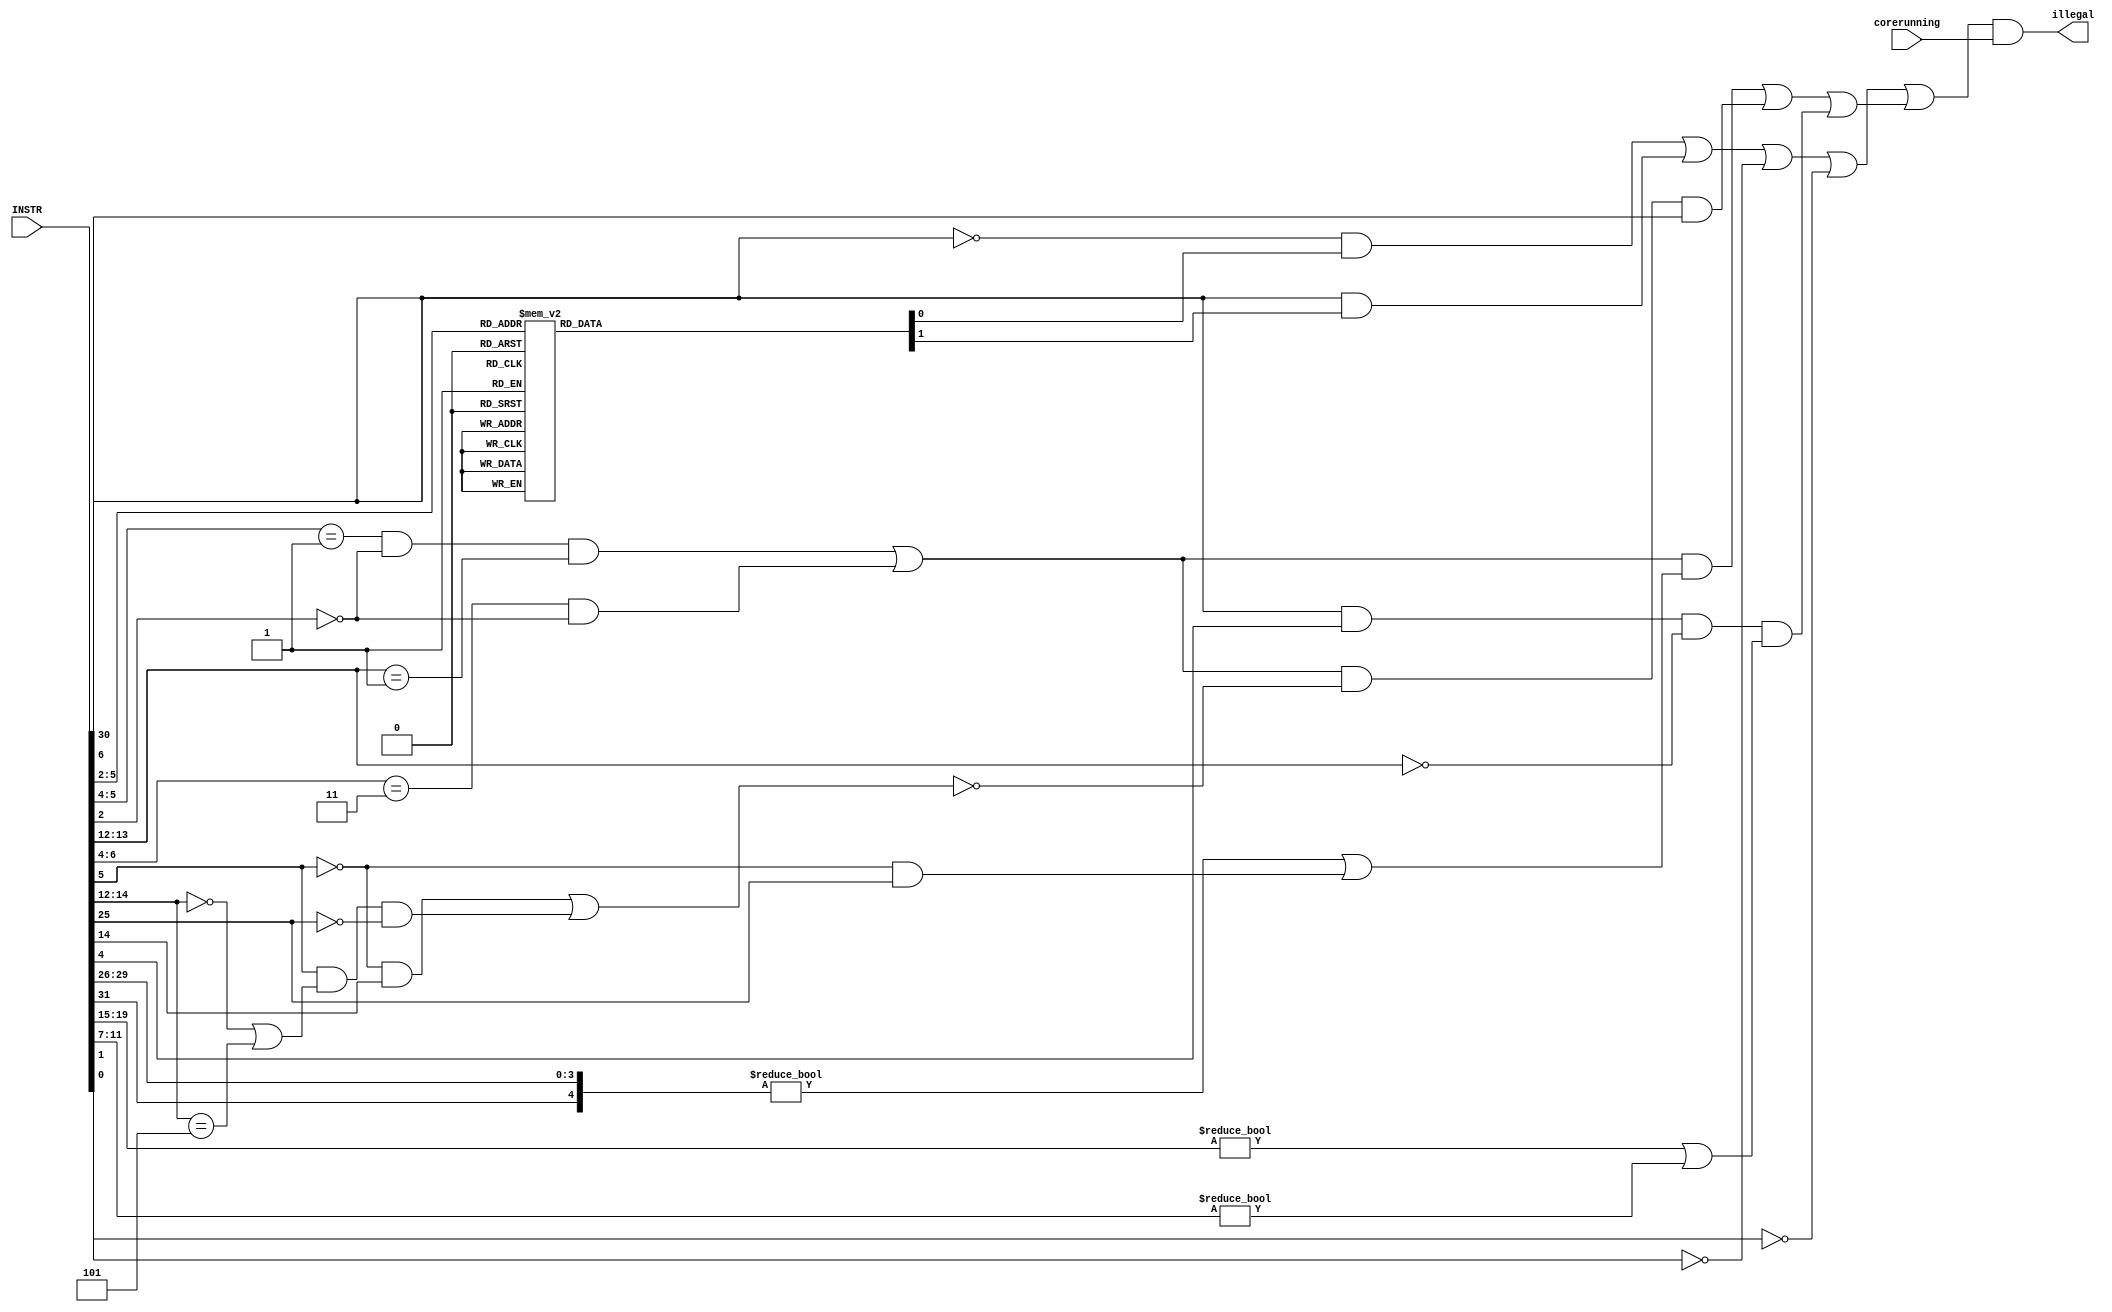
module m_illegalop_v
  ( 
    input [31:0] INSTR,
    input        corerunning,
    output       illegal
    );
   localparam LAZY_DECODE = 0;
   localparam MULDIV = 1;

   wire          illegal_funct7_or_illegal_rs1_rd;
        
   generate
      if ( LAZY_DECODE != 0 ) begin
         
         // =======================================================
         // Nearly full instruction decode but skips
         // some minor code spaces.
         // =======================================================
         assign illegal_funct7_or_illegal_rs1_rd = 1'b0;
         
      end else begin
         
         /* verilator lint_off UNUSED */
         wire [2:0] funct3 = INSTR[14:12];
         wire [6:0] funct7 = INSTR[31:25];
         wire [6:0] opcode = INSTR[6:0];
         wire       checkfunct7;
         wire       funct7_5_dontcare;
         wire       mostof_funct7_ne0;
         
         if ( MULDIV == 0 ) begin
            // =======================================================
            // Full instruction decode. Without multiplication
            // =======================================================
            /*  
             Instructions and, or, slli, srli, add, sll, slt, sltu, xor and srl
             should only be valid when funct7 == 7'b00000000. 
             srai, sub, and sra should only be valid when funct7 == 7'b0100000. 
             
                                                               checkfunct7
                                         INSTR                 | funct7_5_dontcare
             funct7  rs2   rs1 funct3 rd 6543210  Instruction  | |
             0000000 shamt rs1 001,   rd x01x0xx  slli         1 0
             0x00000 shamt rs1 101,   rd x01x0xx  srli/srai    1 1
             0x00000 rs2   rs1 000,   rd 011x0xx  add/sub      1 1
             0000000 rs2   rs1 001,   rd 011x0xx  sll          1 0
             0000000 rs2   rs1 010,   rd 011x0xx  slt          1 0
             0000000 rs2   rs1 011,   rd 011x0xx  sltu         1 0
             0000000 rs2   rs1 100,   rd 011x0xx  xor          1 0
             0x00000 rs2   rs1 101,   rd 011x0xx  srl/sra      1 1
             0000000 rs2   rs1 110,   rd 011x0xx  or           1 0
             0000000 rs2   rs1 111,   rd 011x0xx  and          1 0
             instructions which main_illegal says are legal    0 x
             instructions which main_illegal says are illegal  x x
             */
            
            assign checkfunct7 = (opcode[5:4] == 2'b01 && opcode[2] == 0 && funct3[1:0] == 2'b01 ) |
                                 (opcode[6:4] == 3'b011 && opcode[2] == 0 );
            assign funct7_5_dontcare = (opcode[5] == 0 && funct3[2] == 1'b1 ) ||
                                       (opcode[5] == 1 && (funct3 == 3'b000 || funct3 == 3'b101));
            assign mostof_funct7_ne0 = {funct7[6],funct7[4:0]} != 6'h0;
            
         end else begin
            
            /* verilator lint_off UNUSED */
            // =======================================================
            // Full instruction decode. With multiplication and division
            // =======================================================
            /*  
             Instruction bit 25 is used to differentiate between 
             add/sll/slt/sltu/xor/srl/or/and and
             mul/mylh/mulhsu/mulhu/div/divu/rem/remu. This is handled by 
             the index, outside of this code. So the only difference from
             the case with (MULDIV == 0) is that the function
             funct7_5_dontcare is a bit more selective, and 
             mostof_funct7_ne0 must be modified.
             
                                                               checkfunct7
                                         INSTR                 | funct7_5_dontcare
             funct7  rs2   rs1 funct3 rd 6543210  Instruction  | |
             0000000 shamt rs1 001,   rd x01x0xx  slli         1 0
             0x00000 shamt rs1 101,   rd x01x0xx  srli/srai    1 1
             0x00000 rs2   rs1 000,   rd 011x0xx  add/sub      1 1
             0000000 rs2   rs1 001,   rd 011x0xx  sll          1 0
             0000000 rs2   rs1 010,   rd 011x0xx  slt          1 0
             0000000 rs2   rs1 011,   rd 011x0xx  sltu         1 0
             0000000 rs2   rs1 100,   rd 011x0xx  xor          1 0
             0x00000 rs2   rs1 101,   rd 011x0xx  srl/sra      1 1
             0000000 rs2   rs1 110,   rd 011x0xx  or           1 0
             0000000 rs2   rs1 111,   rd 011x0xx  and          1 0
             0000001 rs2   rs1 000,   rd 011x0xx  mul          1 0
             0000001 rs2   rs1 001,   rd 011x0xx  mulh         1 0
             0000001 rs2   rs1 010,   rd 011x0xx  mulhsu       1 0
             0000001 rs2   rs1 011,   rd 011x0xx  mulhu        1 0
             0000001 rs2   rs1 100,   rd 011x0xx  div          1 0
             0000001 rs2   rs1 101,   rd 011x0xx  divu         1 0
             0000001 rs2   rs1 110,   rd 011x0xx  rem          1 0
             0000001 rs2   rs1 111,   rd 011x0xx  remu         1 0
             instructions which main_illegal says are legal    0 x
             instructions which main_illegal says are illegal  x x

             */

            assign checkfunct7 = (opcode[5:4] ==  2'b01 && opcode[2] == 0 && funct3[1:0] == 2'b01 ) |
                                 (opcode[6:4] == 3'b011 && opcode[2] == 0 );
            assign funct7_5_dontcare = (opcode[5] == 0 && funct3[2] == 1'b1 ) ||
                                       (opcode[5] == 1 && (funct3 == 3'b000 || funct3 == 3'b101) && funct7[0] == 1'b0);
            assign mostof_funct7_ne0 = ({funct7[6],funct7[4:1]} != 5'h0) || (opcode[5] == 0 && funct7[0]);
         end
         
         /* 
          Issue 3:
          ecall, ebreak, wfi, and mret put requirements onto the immediate
          field imm12, which is decoded to register Q.
          
          |__imm12______|
          funct7   rs2    rs1    funct3 rd      opcode
          0000000, 00000, 00000, 000,   00000,  1110011, ecall     imm12 checked by ucode
          0000000, 00001, 00000, 000,   00000,  1110011, ebreak    imm12 checked by ucode
          0001000, 00101, 00000, 000,   00000,  1110011, wfi       imm12 checked by ucode
          0011000, 00010, 00000, 000,   00000,  1110011, mret      imm12 checked by ucode
          
          All of these instructions should have field rs1 and rd as 5'b00000.
          
          */
         wire    check_rs1_rd = (opcode[6] == 1'b1 && opcode[4] == 1'b1) && (funct3[1:0] == 2'b00);
         wire    rs1_ne_zero = INSTR[19:15] != 5'h0;
         wire    rd_ne_zero  = INSTR[11:7] != 5'h0;
         wire    illegal_rs1_rd = check_rs1_rd & (rs1_ne_zero | rd_ne_zero);
         
         assign illegal_funct7_or_illegal_rs1_rd
           = (checkfunct7 & mostof_funct7_ne0) |
             (checkfunct7 & ~funct7_5_dontcare & funct7[5]) |
             illegal_rs1_rd;
         
         
      end

      /* =============================================================================
       * The illegal signal
       * ============================================================================= */
      if ( LAZY_DECODE == 2 ) begin

         assign  illegal = ~INSTR[0] & corerunning;

      end else begin
         
         reg              illegal_a, illegal_b;
         always @(*)
           case ( INSTR[5:2] )
             4'b0000 : {illegal_b,illegal_a} = 2'b10; // 10000                                        00000   lb/lh/lbu/lhu/lw                                                                
             4'b0001 : {illegal_b,illegal_a} = 2'b11; // 10001                                        00001                                                                                   
             4'b0010 : {illegal_b,illegal_a} = 2'b10; // 10010                                        00010   ij                                                                                
             4'b0011 : {illegal_b,illegal_a} = 2'b10; // 10011                                        00011   fence.i/fence                                                                   
             4'b0100 : {illegal_b,illegal_a} = 2'b10; // 10100                                        00100   addi/slti/sltiu/xori/ori/andi/slli/srli/srai                                    
             4'b0101 : {illegal_b,illegal_a} = 2'b10; // 10101                                        00101   auipc                                                                           
             4'b0110 : {illegal_b,illegal_a} = 2'b11; // 10110                                        00110                                                                                   
             4'b0111 : {illegal_b,illegal_a} = 2'b11; // 10111                                        00111                                                                                   
             4'b1000 : {illegal_b,illegal_a} = 2'b00; // 11000   beq/bne/blt/bge/bltu/bgeu            01000   sb/sh/sw                                                                        
             4'b1001 : {illegal_b,illegal_a} = 2'b01; // 11001   jalr                                 01001                                                                                   
             4'b1010 : {illegal_b,illegal_a} = 2'b11; // 11010                                        01010                                                                                   
             4'b1011 : {illegal_b,illegal_a} = 2'b01; // 11011   jal                                  01011                                                                                   
             4'b1100 : {illegal_b,illegal_a} = 2'b00; // 11100   csr/ecall/ebreak/uret/sret/wfi/mret  01100  add/sll/slt/sltu/xor/srl/or/and/mul/mulh/mulhsu/mulhu/div/divu/rem/remu/sub/sra/ 
             4'b1101 : {illegal_b,illegal_a} = 2'b10; // 11101                                        01101  lui                                                                              
             4'b1110 : {illegal_b,illegal_a} = 2'b11; // 11110                                        01110                                                                                   
             4'b1111 : {illegal_b,illegal_a} = 2'b11; // 11111                                        01111                                                                                   
           endcase
         wire             main_illegal = 
                          (~INSTR[6] & illegal_a) | 
                          (INSTR[6] & illegal_b ) | 
                          ~INSTR[1] |
                          ~INSTR[0];
         if ( LAZY_DECODE == 1 ) begin
            assign  illegal = main_illegal & corerunning;
         end else begin
            assign  illegal = (main_illegal | illegal_funct7_or_illegal_rs1_rd) & corerunning;
         end
      end
   endgenerate
endmodule